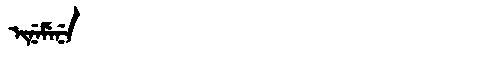
Manchu: ᡳᠨᡝᠮᡝᠨᡝ
Romanization: INEMENE